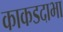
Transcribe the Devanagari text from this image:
काकडदाभा